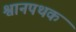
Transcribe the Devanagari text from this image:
श्वानपथक